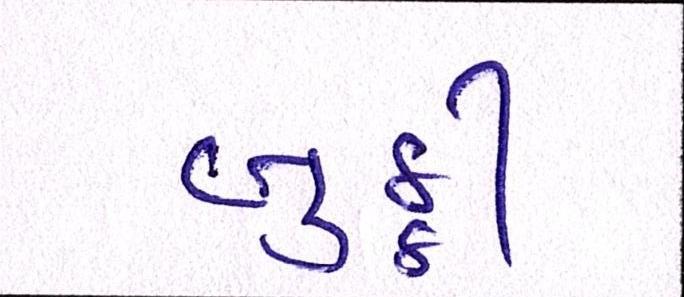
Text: બુઠ્ઠી